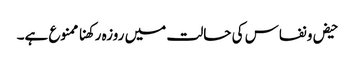
حیض و نفاس کی حالت میں روزہ رکھنا ممنوع ہے۔